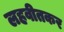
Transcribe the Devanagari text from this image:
लहवीतकर